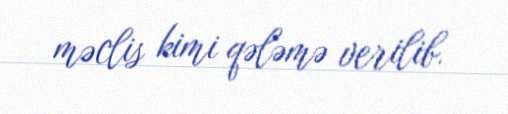
məclis kimi qələmə verilib.